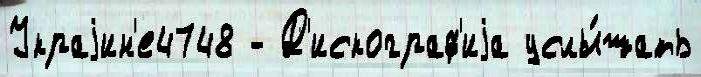
Украjин'е4748 - Д'искограф'иjа услы́шать